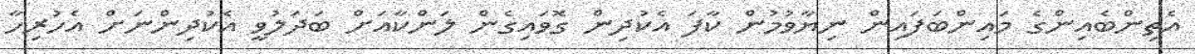
އެތިންބެއިންގެ މައިންބަފައިން ނިޔާވުމުން ކާފަ އެކުދިން ގޮވައިގެން ލަންކާއަށް ބަދަލުވީ އެކުދިންނަށް އެހުރިހާ